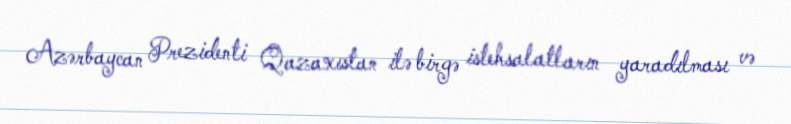
Azərbaycan Prezidenti Qazaxıstan ilə birgə istehsalatların yaradılması və